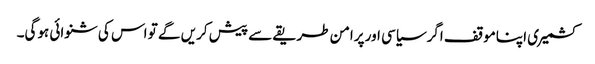
کشمیری اپناموقف اگرسیاسی اور پرامن طریقے سے پیش کریں گے تو اس کی شنوائی ہوگی۔